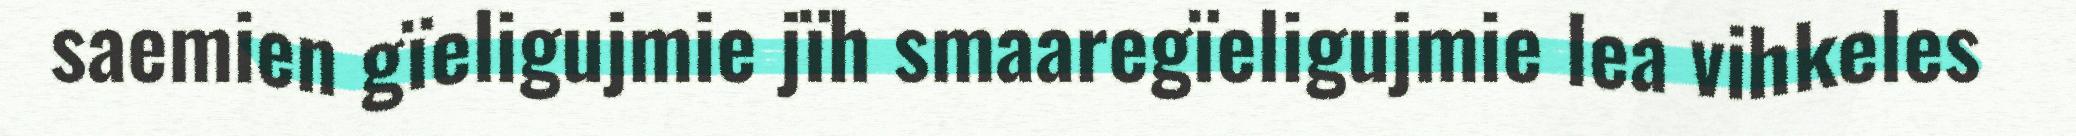
saemien gïeligujmie jïh smaaregïeligujmie lea vihkeles